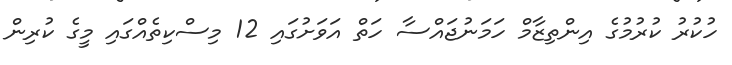
ހުކުރު ކުރުމުގެ އިންތިޒާމް ހަމަނުޖައްސާ ހަތް އަވަށުގައި 12 މިސްކިތެއްގައި މީގެ ކުރިން